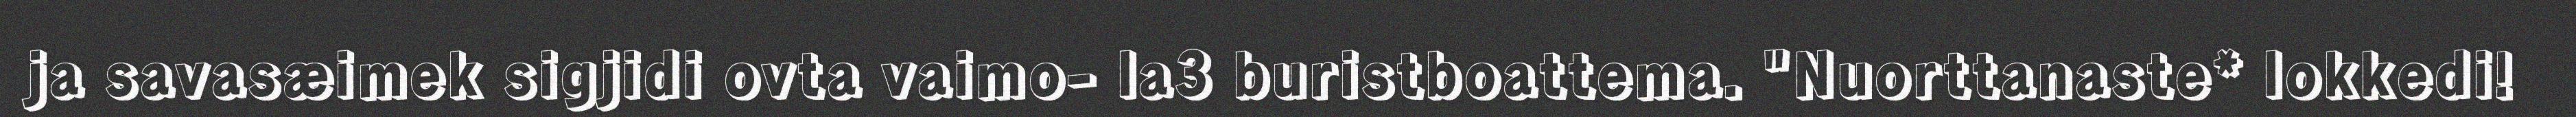
ja savasæimek sigjidi ovta vaimo- la3 buristboattema. "Nuorttanaste* lokkedi!